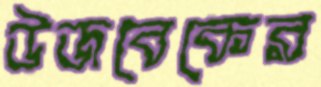
উজবেকের